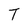
Character: T